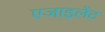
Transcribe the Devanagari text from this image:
एजाइलेंट